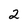
Character: 2